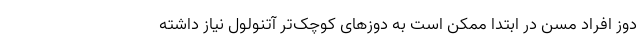
دوز افراد مسن در ابتدا ممکن است به دوزهای کوچک‌تر آتنولول نیاز داشته